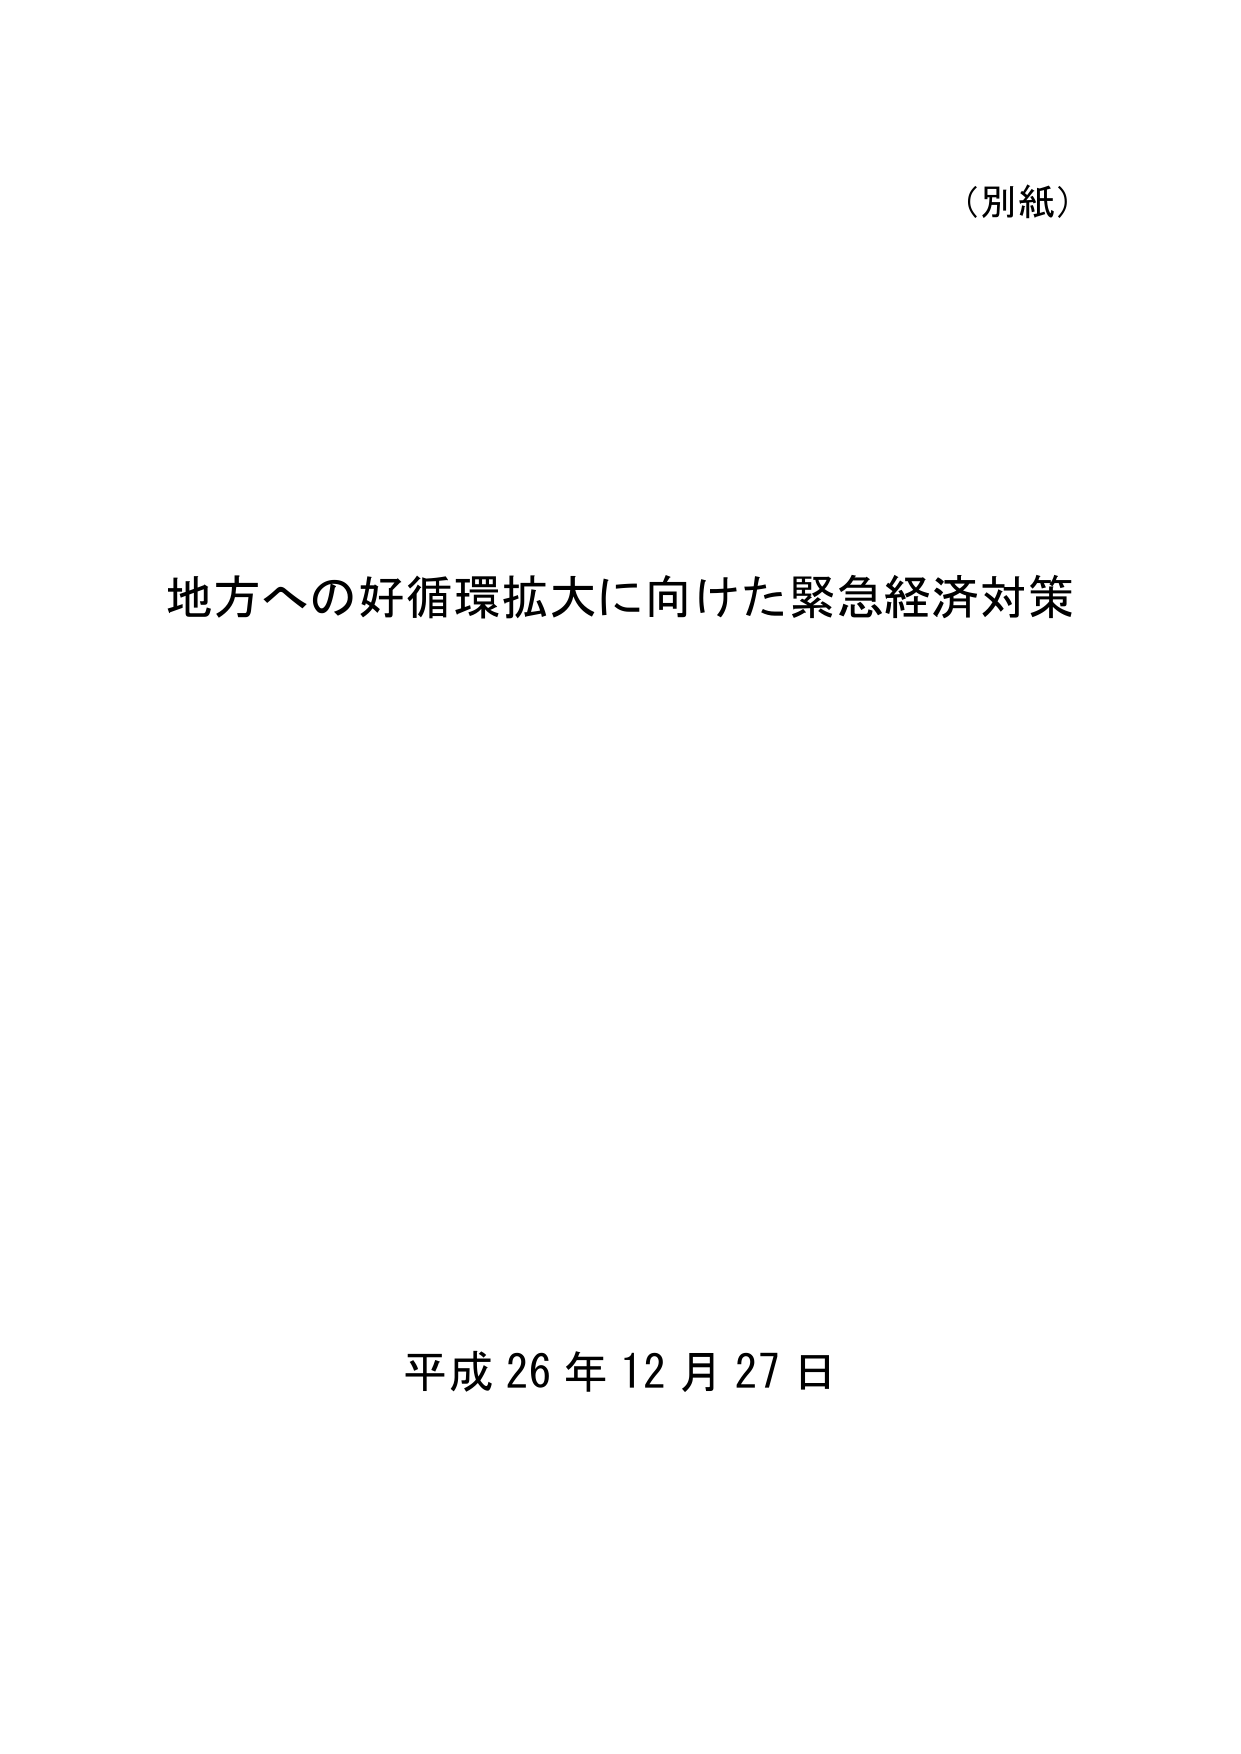
（別紙）

地方への好循環拡大に向けた緊急経済対策

平成26年12月27日